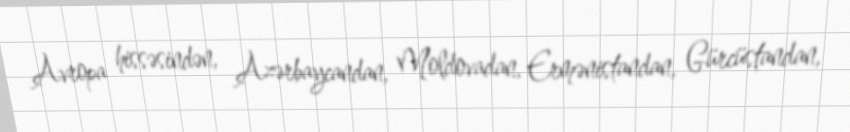
Avropa hissəsindən, Azərbaycandan, Moldovadan, Ermənistandan, Gürcüstandan,